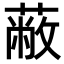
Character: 蔽